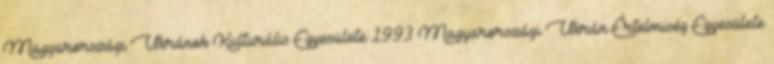
Magyarországi Ukránok Kulturális Egyesülete 1993 Magyarországi Ukrán Értelmiség Egyesülete